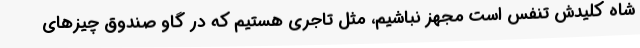
شاه کلیدش تنفس است مجهز نباشیم، مثل تاجری هستیم که در گاو صندوق چیزهای